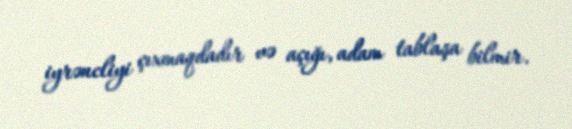
iyrəncliyi çıxmaqdadır və açığı, adam tablaşa bilmir.